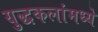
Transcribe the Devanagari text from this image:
युद्धकलांमध्ये